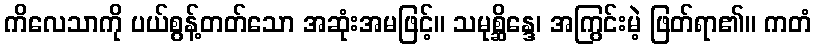
ကိလေသာကို ပယ်စွန့်တတ်သော အဆုံးအမဖြင့်။ သမုစ္ဆိန္ဒေ၊ အကြွင်းမဲ့ ဖြတ်ရာ၏။ ကတံ